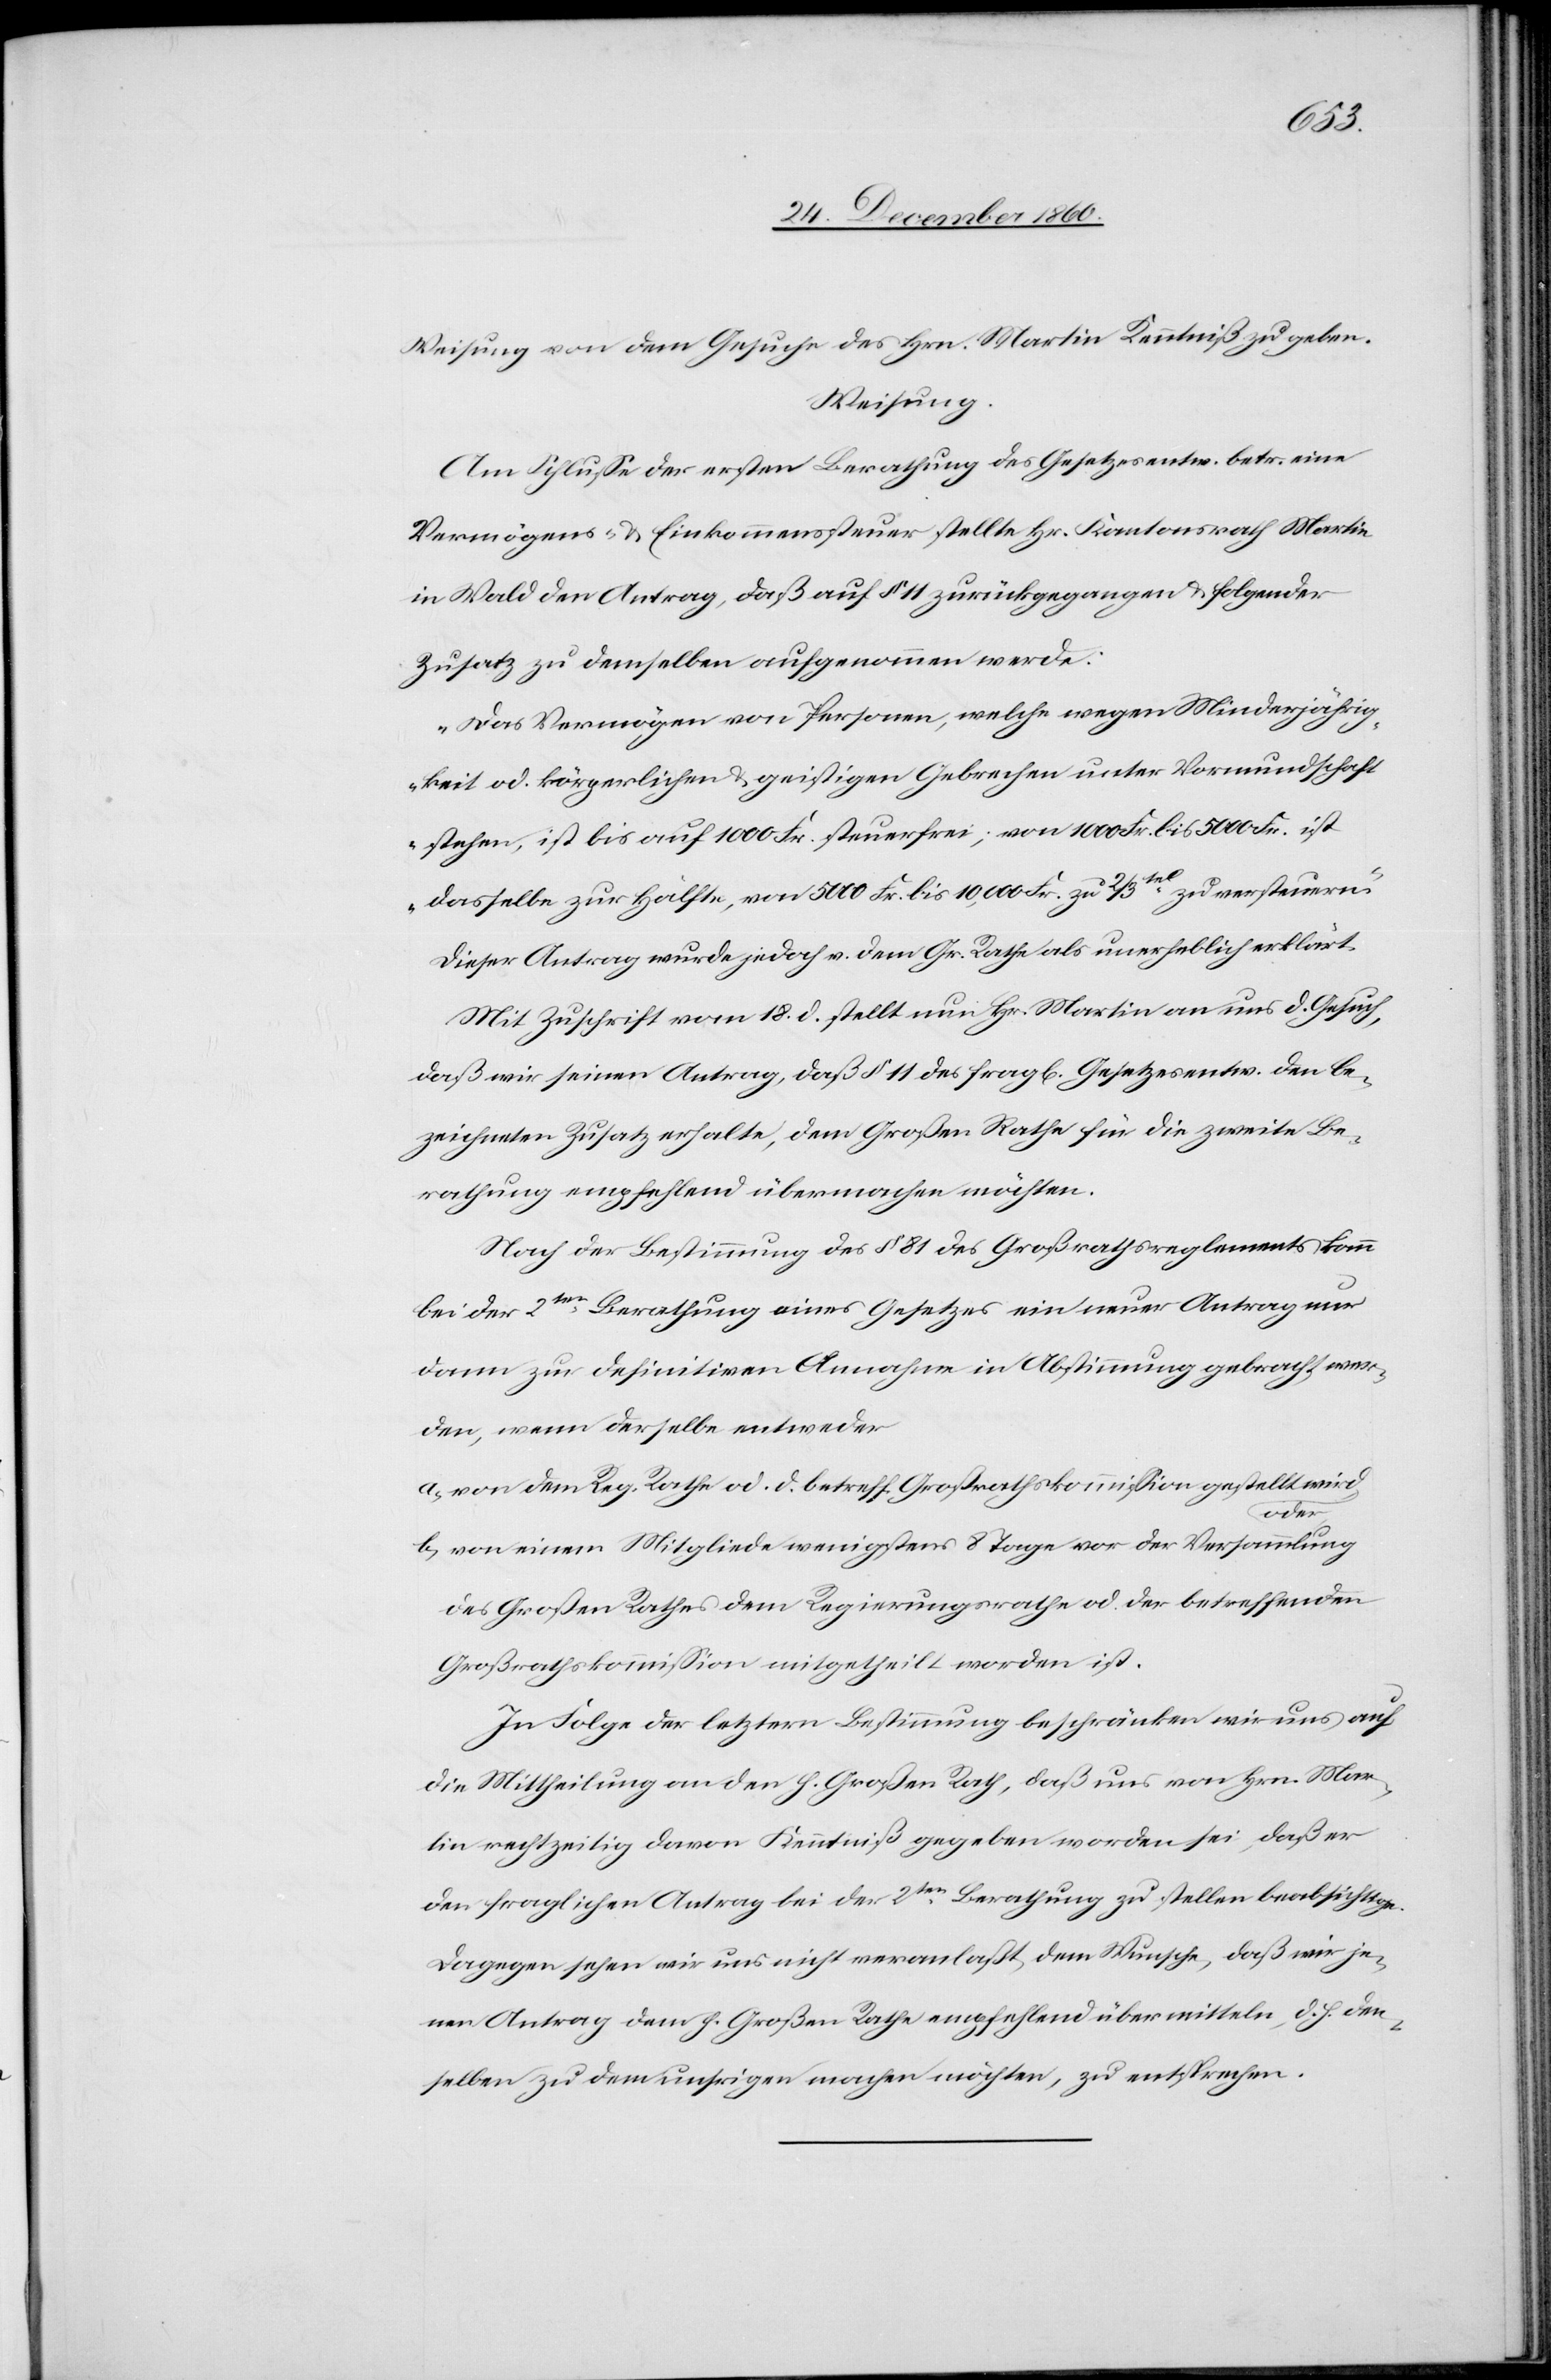
Weisung von dem Gesuche des Hrn. Martin Kenntniß zu geben.
Weisung.
Am Schlusse der ersten Berathung des Gesetzesentw. betr. eine
Vermögens- u. Einkommenssteuer stellte Hr. Kantonsrath Martin
in Wald den Antrag, daß auf § 11 zurückgegangen u. folgender
Zusatz zu demselben aufgenommen werde:
„Das Vermögen von Personen, welche wegen Minderjährig¬
keit od. körperlichen u. geistigen Gebrechen unter Vormundschaft
stehen, ist bis auf 1000 Fr. steuerfrei, von 1000 Fr. bis 5000 Fr. ist
dasselbe zur Hälfte, von 5000 Fr. bis 10,000 Fr. zu 2/3tel zu versteuern.“
Dieser Antrag wurde jedoch v. dem Gr. Rathe als unerheblich erklärt.
Mit Zuschrift vom 18. d. stellt nun Hr. Martin an uns d. Gesuch,
daß wir seinen Antrag, daß § 11 des frag[lichen] Gesetzesentw. den be¬
zeichneten Zusatz erhalte, dem Großen Rathe für die zweite Be¬
rathung empfehlend übermachen möchten.
Nach Bestimmung des § 81 des Großrathsregelemnts kann
bei der 2ten Berathung eines Gesetzes ein neuer Antrag nur
dann zu definitiven Annahme in Abstimmung gebracht wer¬
den, wenn derselbe entweder
a) von dem Reg. Rathe od. d. betreff. Großrathskommission gestellt wird,
oder
b) von einem Mitgliede wenigstens 8 Tage vor der Versammlung
des Großen Rathes dem Regierungsrathe od. der betreffenden
Großrathskommission mitgetheilt worden ist.
In Folge der letztern Bestimmung beschränken wir uns auf
die Mittheilung an den h. Großen Rath, daß nur von Hrn. Mar¬
tin rechtzeitig davon Kenntniß gegeben worden sei, daß er
den fraglichen Antrage der 2ten Berathung zu stellen beabsichtige.
Dagegen sehen wir uns nicht veranlaßt, dem Wunsche, daß wir je¬
nen Antrag dem h. Großen Rathe empfehlend übermitteln, d. h. den¬
selben zu dem unsrigen machen möchten, zu entsprechen.